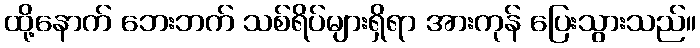
ထို့နောက် ဘေးဘက် သစ်ရိပ်များရှိရာ အားကုန် ပြေးသွားသည်။